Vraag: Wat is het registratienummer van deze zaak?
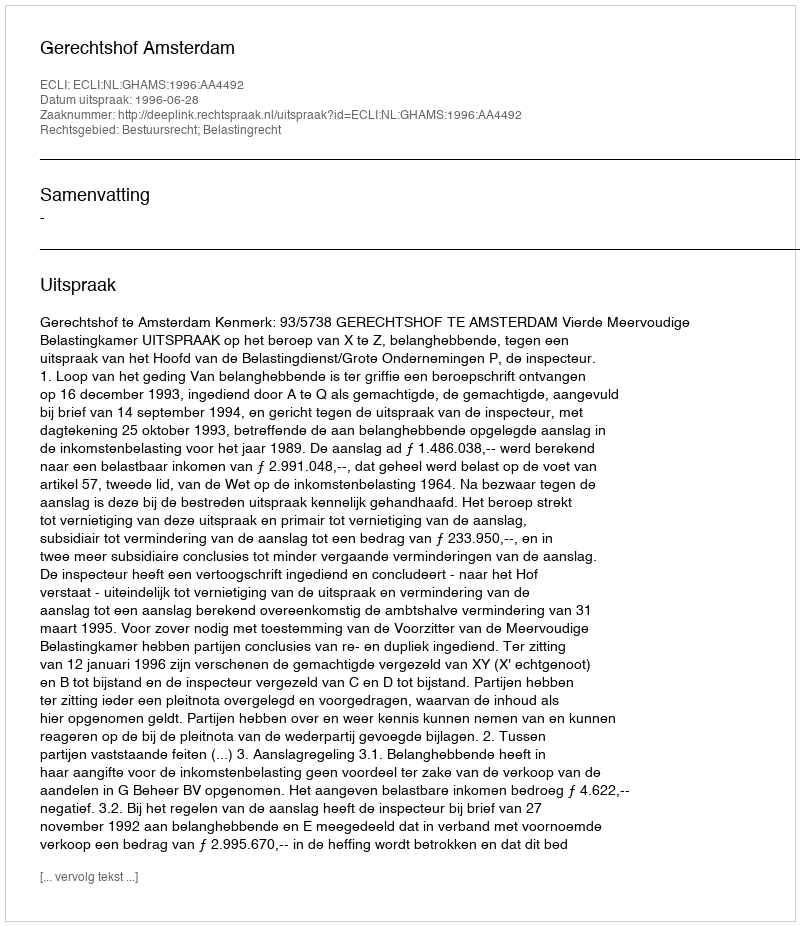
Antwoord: http://deeplink.rechtspraak.nl/uitspraak?id=ECLI:NL:GHAMS:1996:AA4492